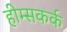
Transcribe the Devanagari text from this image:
हीम्सकर्क